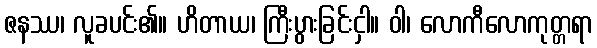
ဇနဿ၊ လူခပင်း၏။ ဟိတာယ၊ ကြီးပွားခြင်းငှါ။ ဝါ၊ လောကီလောကုတ္တရာ